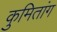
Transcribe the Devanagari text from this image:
कुमितांग